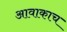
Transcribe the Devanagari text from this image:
आवाकाच